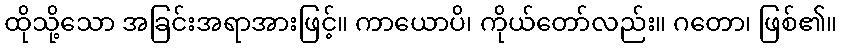
ထိုသို့သော အခြင်းအရာအားဖြင့်။ ကာယောပိ၊ ကိုယ်တော်လည်း။ ဂတော၊ ဖြစ်၏။